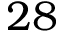
2 8